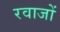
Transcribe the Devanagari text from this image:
रवाजों